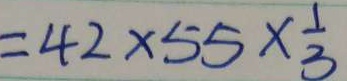
= 4 2 \times 5 5 \times \frac { 1 } { 3 }